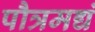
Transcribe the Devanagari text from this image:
पौत्रमद्यं